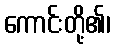
ကောင်းတို့၏၊